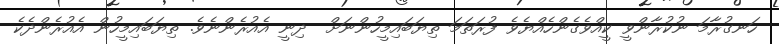
ހަނގުރާމަ ނުކުރާންވީ ކީއްވެގެންހެއްޔެވެ ފުރަތަމަ ތިޔަބައިމީހުންނަށް  ދިނީ އެއުރެންނެވެ. ތިޔަބައިމީހުން އެއުރެންދެކެ